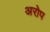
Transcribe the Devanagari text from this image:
अरोप